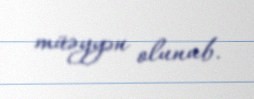
müəyyən olunub.